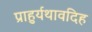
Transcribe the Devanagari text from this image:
प्राहुर्यथावदिह